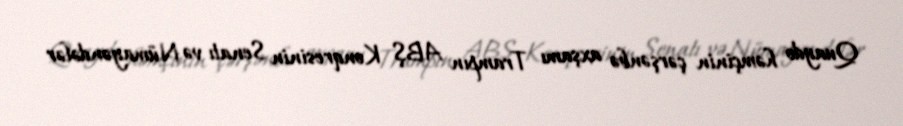
Quaydo həmçinin çərşənbə axşamı Trampın ABŞ Konqresinin Senatı və Nümayəndələr